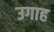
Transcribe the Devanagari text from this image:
उगाह